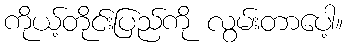
ကိုယ့်တိုင်းပြည်ကို လွမ်းတာပေါ့။